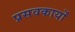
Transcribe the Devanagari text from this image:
प्रसवकार्यों